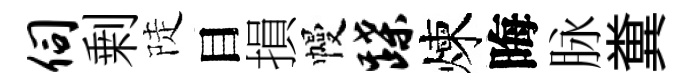
伺剰陡目損幔蹀煉晦脉糞